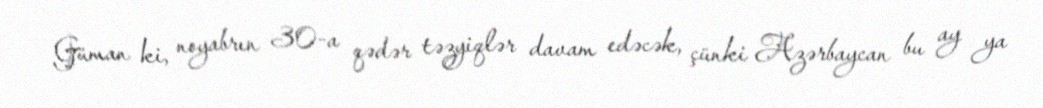
Güman ki, noyabrın 30-a qədər təzyiqlər davam edəcək, çünki Azərbaycan bu ay ya